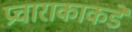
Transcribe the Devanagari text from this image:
प्रचाराकाकडे